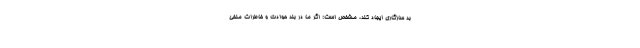
بد سازگاری ایجاد کند، مشخص است: اگر ما در بند حوادث و خاطرات منفی